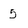
Character: 5